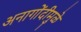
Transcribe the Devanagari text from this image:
अनागोंदीमुळे